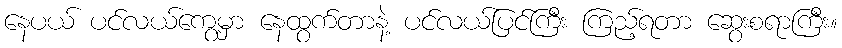
နေပယ် ပင်လယ်ကွေ့မှာ နေထွက်တာနဲ့ ပင်လယ်ပြင်ကြီး ကြည့်ရတာ ဆွေးစရာကြီး။